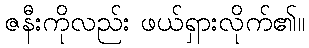
ဇနီးကိုလည်း ဖယ်ရှားလိုက်၏။